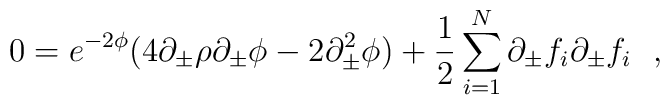
0=e^{-2\phi}(4\partial_\pm\rho\partial _\pm \phi - 2\partial^2_\pm \phi ) +{1\over 2}\sum_{i=1}^N\partial_\pm f_i\partial_\pm f_i\ \ ,